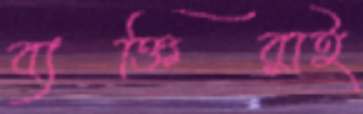
ব্যক্তিরাই